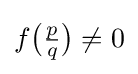
f{\bigl (}{\tfrac {p}{q}}{\bigr )}\neq 0